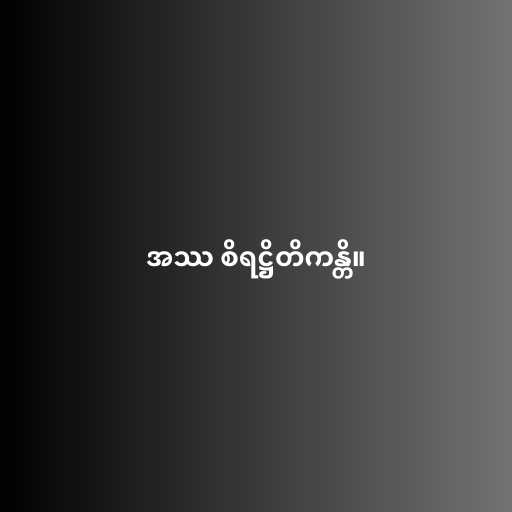
အဿ စိရဋ္ဌိတိကန္တိ။